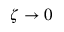
\zeta \to 0